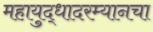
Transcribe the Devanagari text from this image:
महायुद्धादरम्यानचा